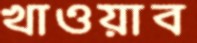
খাওয়াব